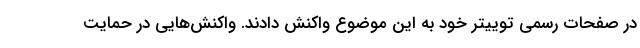
در صفحات رسمی توییتر خود به این موضوع واکنش دادند. واکنش‌هایی در حمایت